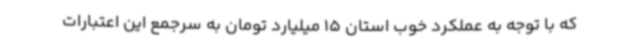
که با توجه به عملکرد خوب استان 15 میلیارد تومان به سرجمع این اعتبارات